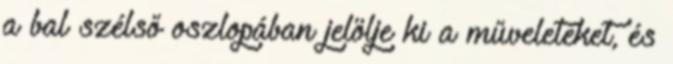
a bal szélső oszlopában jelölje ki a műveleteket, és